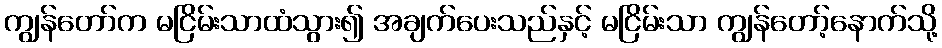
ကျွန်တော်က မငြိမ်းသာထံသွား၍ အချက်ပေးသည်နှင့် မငြိမ်းသာ ကျွန်တော့်နောက်သို့